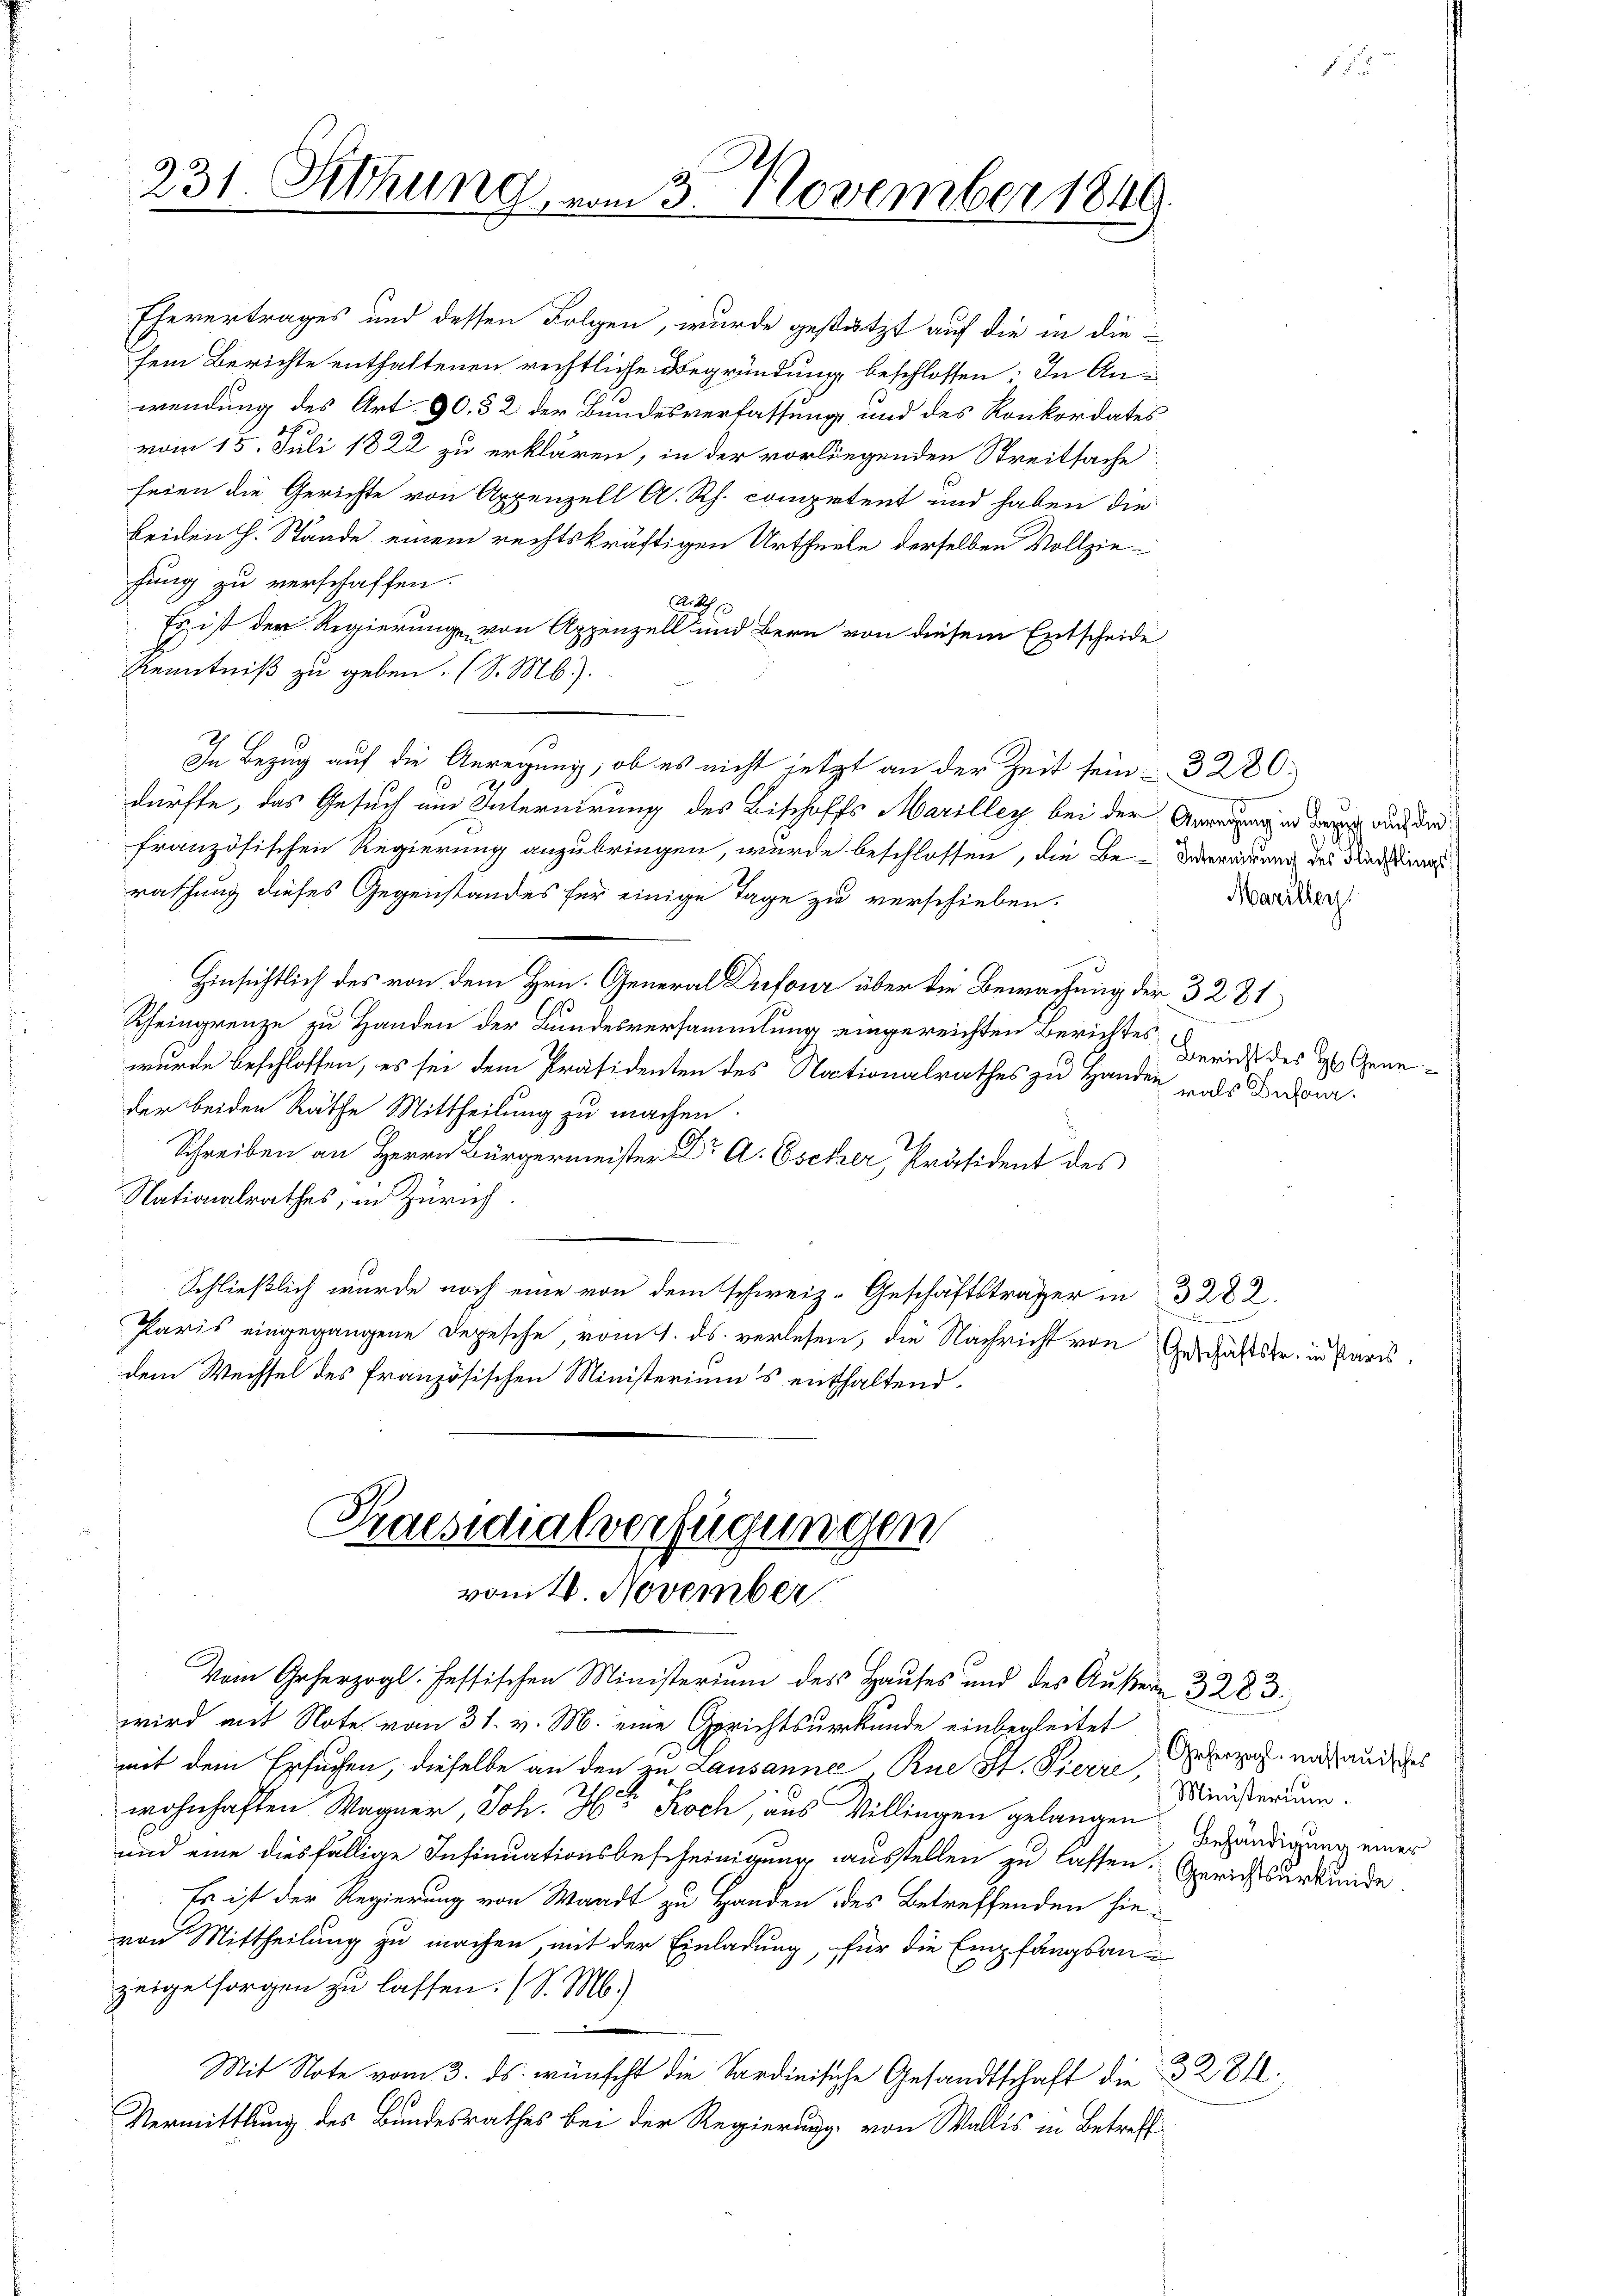
sein Berichte enthaltenen rechtliche Begründung beschlossen: In Anwendung des Art. 90. 52 der Bundesverfassung und des Konkordates
vom 15. Juli 1822 zu erklären, in der vorliegenden Streitsache
seien die Gerichte von Appenzell A. Rh. competent und haben die
beiden H. Stände einem rechtskräftigen Urtheile derselben Vollziefung zu verschaffen.
a
Es ist der Regierung von Appenzell und Bern von diesem Entscheide
Kenntniß zu geben. (S. M.).
In Bezug auf die Anregung, ob es nicht jetzt an der Zeit sein. 3280
dürfte, das Gesuch um Internirung des Bischoffs Marilley bei der Angen den auch die
französischen Regierung anzubringen, wurde beschlossen, die Be-Vereitung des Dienstungs
rathung dieses Gegenstandes für einige Tage zu verschieben.
Hinsichtlich des von dem Hrn. General Drefour über die Bewachung der 3281
I
Kfeingrenze zu Handen der Bundesversammlung eingereichten Berichtes
wurde beschlossen, es sei dem Präsidenten des Nationalrathes zu Handen als Dufourder beiden Räthe Mittheilung zu machen
Schreiben an Herrn Bürgermeister Dr A. Eselzer, Präsident des
Nationalrathes, in Zürich
Schließlich wurde noch eine von dem schweiz. Geschäftstrasser in 3 282
.
Paris eingegangene Depesche vom 1. ds. verlesen, die Nachricht von Geschäftsfr. in Paris,
dem Wechsel des französischen Ministeriums enthaltend.

231. Sitzung vom 3. November 1849

Ehevertrages und dessen Folgen, wurde gestützt auf die in die-

Praesidialverfügungen
vom 10. November.
Vom Geherzogl. fessischen Ministerium des Hauses und des Außern 3 283.

Mariller

wird mit Note vom 31. v. M. eine Gerichtsurkunde einbegleitet
mit dem Ersuchen, dieselbe an den zu Lausanner Rue St. Pierre, Materium
wohnhaften Wagner, Joh. Hr. Koch, aus Villingen gelangen Gefündigung einer
und eine diesfällige Insinuationsbescheinigung ausstellen zu lassen. Gerichtsurkunde.
Es ist der Regierung von Waadt zu Handen des Betreffenden hie-
von Mittheilung zu machen, mit der Einladung, für die Empfangsanzeige sorgen zu lassen. (S. M.)
3281.
Mit Note vom 3. ds. wünscht die Sardinische Gesandtschaft die
Vermittlung des Bundesrathes bei der Regierung von Wallis in Betreff

Bericht des H. Gene¬

Grherzogl. nassauisches